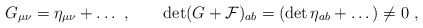
\begin{align*}G_{\mu\nu} = \eta_{\mu\nu} + \dots \ , \qquad \det (G+ {\cal F})_{ab} = (\det\eta_{ab} + \dots) \neq 0 \ ,\end{align*}